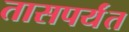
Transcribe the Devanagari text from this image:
तासपर्यंत